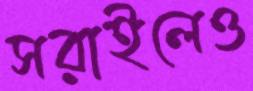
সরাইলেও